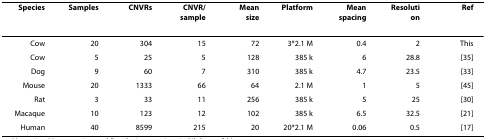
| Species | Samples | CNVRs | CNVR/sample | Mean size | Platform | Mean spacing | Resolution | Ref |
 | --- | --- | --- | --- | --- | --- | --- | --- | --- |
 | Cow | 20 | 304 | 15 | 72 | 3*2.1 M | 0.4 | 2 | This |
 | Cow | 5 | 25 | 5 | 128 | 385 k | 6 | 28.8 | [35] |
 | Dog | 9 | 60 | 7 | 310 | 385 k | 4.7 | 23.5 | [33] |
 | Mouse | 20 | 1333 | 66 | 64 | 2.1 M | 1 | 5 | [45] |
 | Rat | 3 | 33 | 11 | 256 | 385 k | 5 | 25 | [30] |
 | Macaque | 10 | 123 | 12 | 102 | 385 k | 6.5 | 32.5 | [21] |
 | Human | 40 | 8599 | 215 | 20 | 20*2.1 M | 0.06 | 0.5 | [17] |